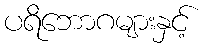
ပရိဘောဂများနှင့်